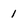
Character: 1